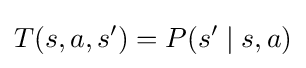
T(s,a,s')=P(s'\mid s,a)